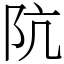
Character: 阬